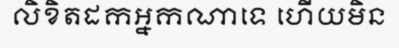
លិខិតដកអ្នកណាទេ ហើយមិន